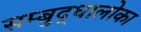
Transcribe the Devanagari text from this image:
सम्बुद्धालोका